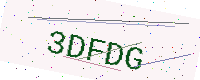
Text: 3DFDG